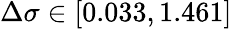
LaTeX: \Delta\sigma\in[0.033,1.461]